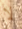
لا